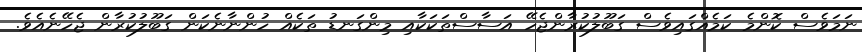
ނަމަވެސް ކޮންމެ ކަމެއްގައިވެސް ގަބޫލުކުރާންޖެހޭ އަސާސްތަކަކާއި މިންގަނޑު ތަކެއް ހުންނާނެކަން ގަބޫލުކުރާން ޖެހޭނެއެވެ.